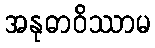
အနုဓာဝိဿာမ